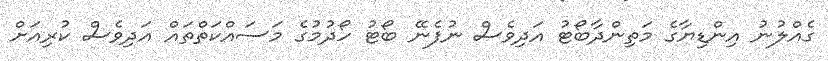
ގެއްލުނު އިންޑިޔާގެ މަތިންދާބޯޓު އަދިވެސް ނުފެނޭ ބޯޓު ހޯދުމުގެ މަސައްކަތްތައް އަދިވެސް ކުރިއަށް